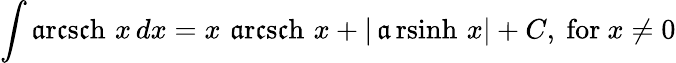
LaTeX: \int\operatorname{\mathfrak{a}r\mathfrak{c}s\mathfrak{c}h}\, x\, dx=x\, \operatorname{\mathfrak{a}r\mathfrak{c}s\mathfrak{c}h}\, x+\vert\operatorname{\mathfrak{a}rsinh}\, x\vert+C,{\mathrm{{~for~}}}x\neq0